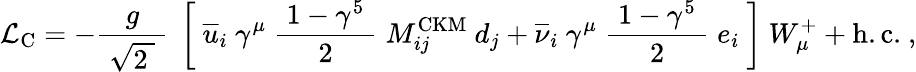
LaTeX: {\mathcal{L}}_{\mathrm{C}}=-{\frac{g}{\ {\sqrt{2\; }}\ }}\ \left[\ {\overline{{u}}}_{i}\ \gamma^{\mu}\ {\frac{\ 1-\gamma^{5}\ }{2}}\; M_{ij}^{\mathrm{CKM}}\ d_{j}+{\overline{{\nu}}}_{i}\ \gamma^{\mu}\; {\frac{\ 1-\gamma^{5}\ }{2}}\; e_{i}\ \right]\ W_{\mu}^{+}+\mathrm{h.c.}~,